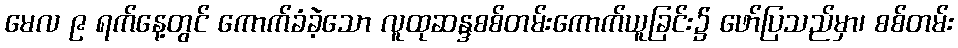
မေလ ၉ ရက်နေ့တွင် ကောက်ခံခဲ့သော လူထုဆန္ဒစစ်တမ်းကောက်ယူခြင်း၌ ဖော်ပြသည်မှာ၊ စစ်တမ်း